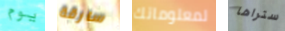
يوم سارقة لمعلوماتك ستراها